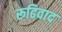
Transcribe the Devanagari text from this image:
रूढिवाद